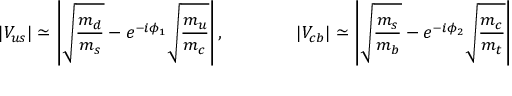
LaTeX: | V _ { u s } | \simeq \left| \sqrt { \frac { m _ { d } } { m _ { s } } } - e ^ { - i \phi _ { 1 } } \sqrt { \frac { m _ { u } } { m _ { c } } } \right| , \qquad \qquad | V _ { c b } | \simeq \left| \sqrt { \frac { m _ { s } } { m _ { b } } } - e ^ { - i \phi _ { 2 } } \sqrt { \frac { m _ { c } } { m _ { t } } } \right|